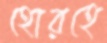
হোরহে